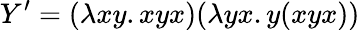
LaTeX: Y^{\prime}=(\lambda xy.xyx)(\lambda yx.y(xyx))